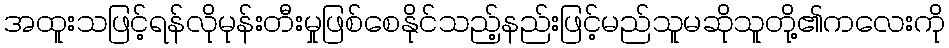
အထူးသဖြင့်ရန်လိုမုန်းတီးမှုဖြစ်စေနိုင်သည့်နည်းဖြင့်မည်သူမဆိုသူတို့၏ကလေးကို